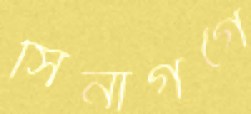
সিনাগগে